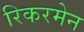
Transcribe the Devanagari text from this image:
रिकरमेन